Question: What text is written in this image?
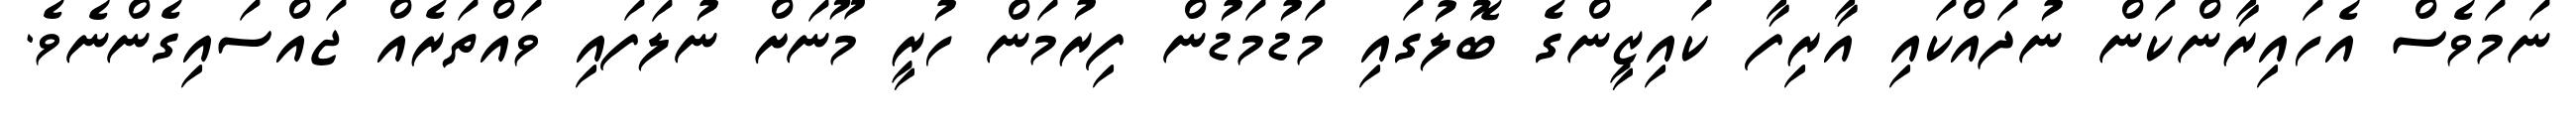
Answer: ނަމަވެސް އެހައިރާންކަން ނުދައްކައި އާރިފާ ކައިޒީންގެ ބޮލުގައި މަޑުމަޑުން ފިރުމަން ހުރީ މޫނަށް ނުލަފައި ވައްތަރެއް ޖައްސައިގެންނެވެ.